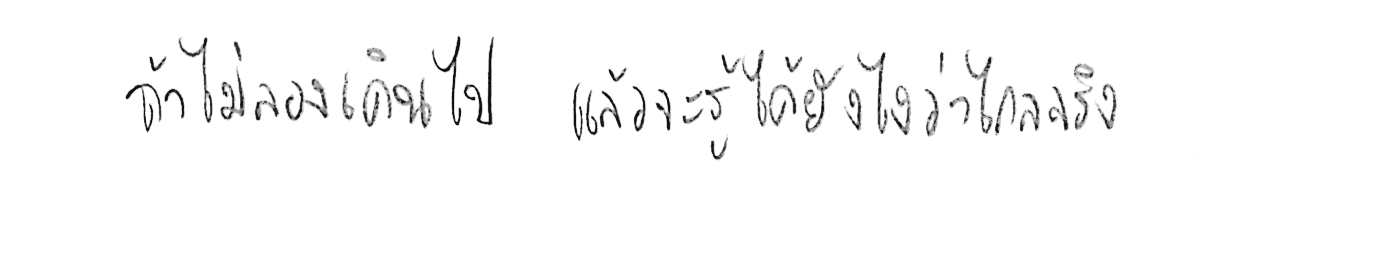
ถ้าไม่ลองเดินไป แล้วจะรู้ได้ยังไงว่าไกลจริง